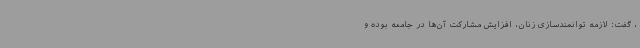
، گفت: لازمه توانمندسازی زنان، افزایش مشارکت آن‌ها در جامعه بوده و